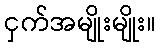
ငှက်အမျိုးမျိုး။